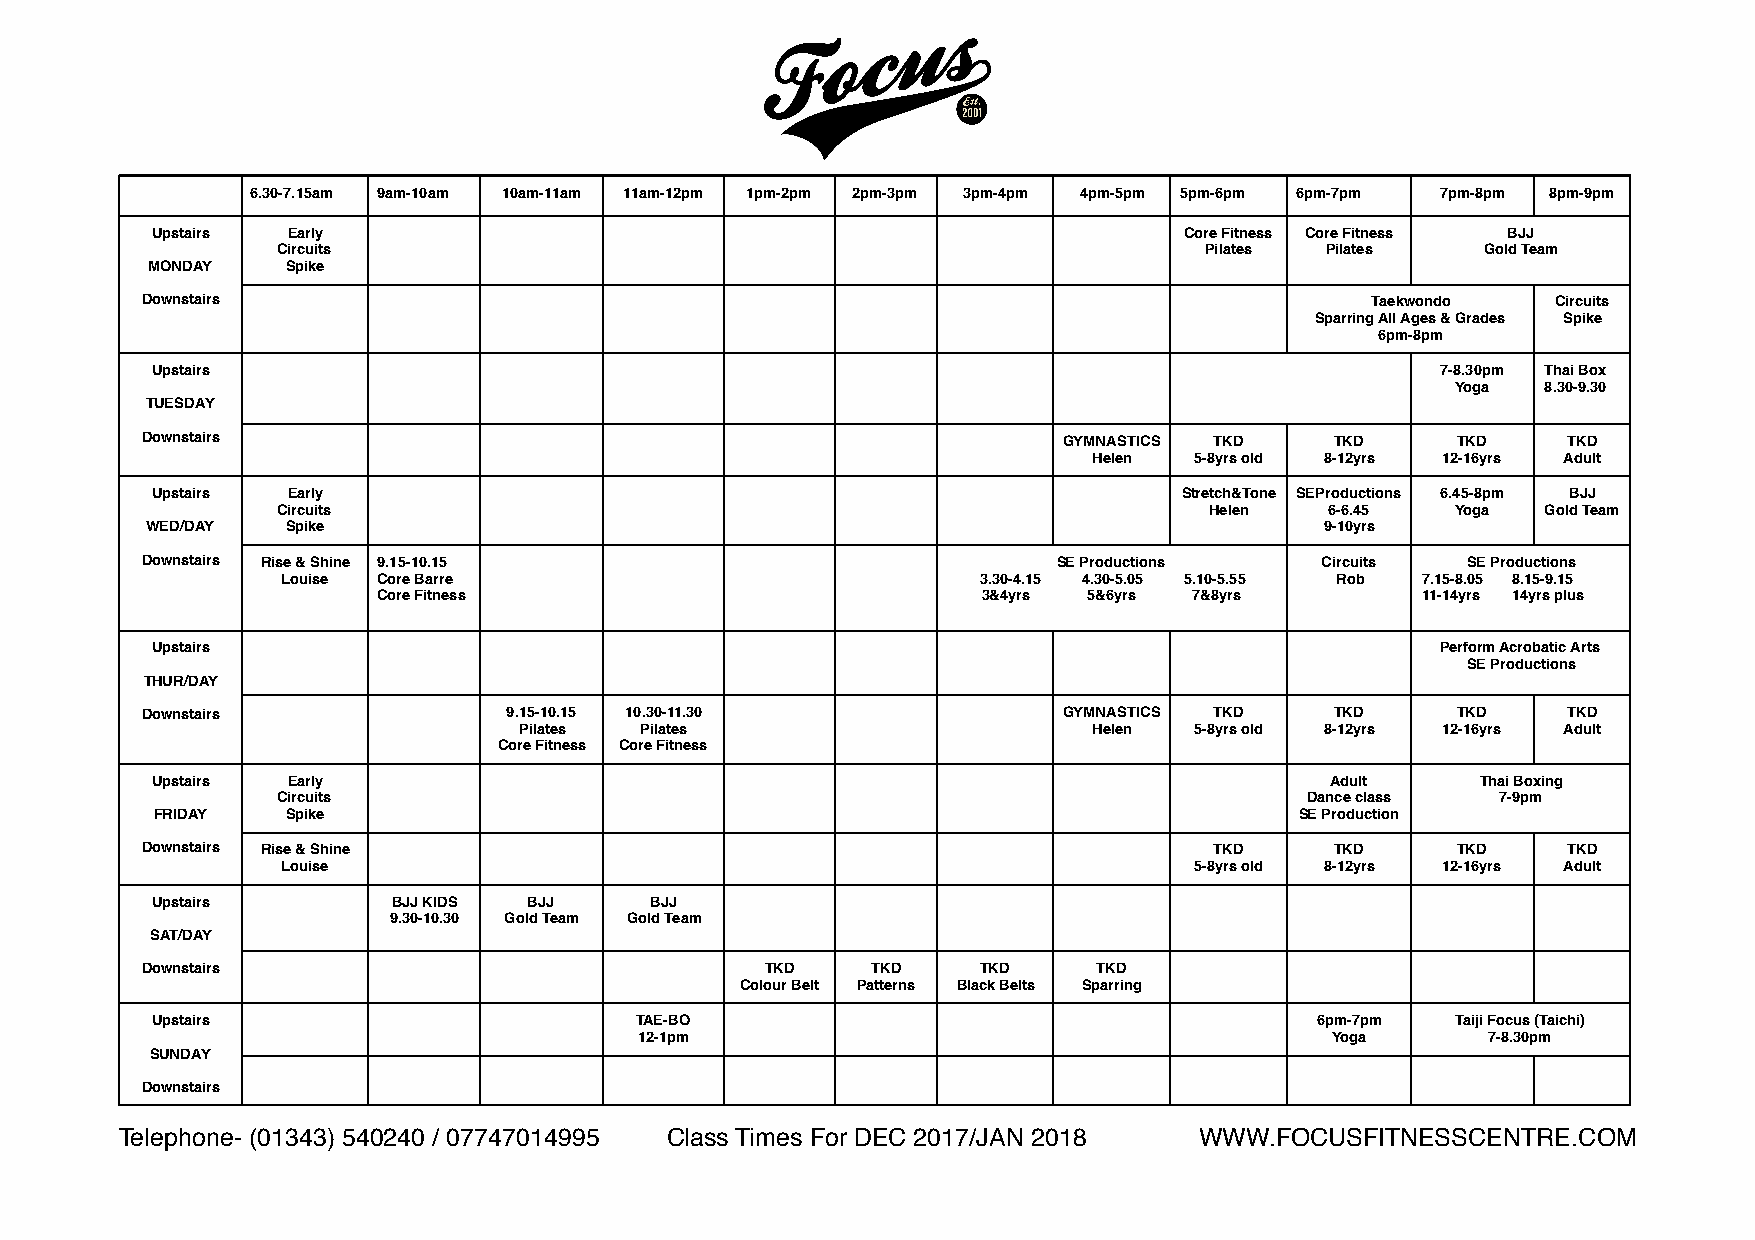
6.30-7.15am 9am-10am 10am-11am 11am-12pm 1pm-2pm 2pm-3pm 3pm-4pm 4pm-5pm 5pm-6pm 6pm-7pm 7pm-8pm 8pm-9pm
 Upstairs Early                                                      Core Fitness Core Fitness BJJ
 Circuits                                                      Pilates Pilates   Gold Team
 MONDAY   Spike
 Downstairs                                                                        Taekwondo   Circuits
 Sparring All Ages & Grades Spike
 6pm-8pm
 Upstairs                                                                             7-8.30pm Thai Box
 Yoga  8.30-9.30
 TUESDAY
 Downstairs                                                   GYMNASTICS TKD    TKD     TKD     TKD
 Helen  5-8yrs old 8-12yrs 12-16yrs Adult
 Upstairs Early                                                      Stretch&Tone SEProductions 6.45-8pm BJJ
 Circuits                                                      Helen   6-6.45  Yoga  Gold Team
 WED/DAY  Spike                                                                9-10yrs
 Downstairs Rise & Shine 9.15-10.15                           SE Productions   Circuits  SE Productions
 Louise Core Barre                             3.30-4.15 4.30-5.05 5.10-5.55 Rob 7.15-8.05 8.15-9.15
 Core Fitness                            3&4yrs 5&6yrs 7&8yrs         11-14yrs 14yrs plus
 Upstairs                                                                             Perform Acrobatic Arts
 SE Productions
 THUR/DAY
 Downstairs               9.15-10.15 10.30-11.30              GYMNASTICS TKD    TKD     TKD     TKD
 Pilates Pilates                       Helen  5-8yrs old 8-12yrs 12-16yrs Adult
 Core Fitness Core Fitness
 Upstairs Early                                                                Adult     Thai Boxing
 Circuits                                                            Dance class  7-9pm
 FRIDAY   Spike                                                              SE Production
 Downstairs Rise & Shine                                                TKD     TKD     TKD     TKD
 Louise                                                      5-8yrs old 8-12yrs 12-16yrs Adult
 Upstairs        BJJ KIDS BJJ     BJJ
 9.30-10.30 Gold Team Gold Team
 SAT/DAY
 Downstairs                                TKD    TKD    TKD     TKD
 Colour Belt Patterns Black Belts Sparring
 Upstairs                        TAE-BO                                       6pm-7pm  Taiji Focus (Taichi)
 12-1pm                                        Yoga      7-8.30pm
 SUNDAY
 Downstairs
 Telephone- (01343) 540240 / 07747014995 Class Times For DEC 2017/JAN 2018 WWW.FOCUSFITNESSCENTRE.COM